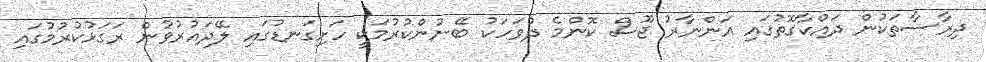
ދިރާސާތަކުން ދައްކާގޮތުގައި އަންނާރު ޖޫސް ކޮންމެ ދުވަހަކު ބޭނުންކުރުމަކީ ހަށިގަނޑުގައި ލޭދައުރުވުން ރަގަޅުކުރުމުގައި